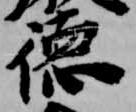
徳